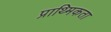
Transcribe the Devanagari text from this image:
प्राथ्मिकता